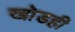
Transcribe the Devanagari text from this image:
खोडही